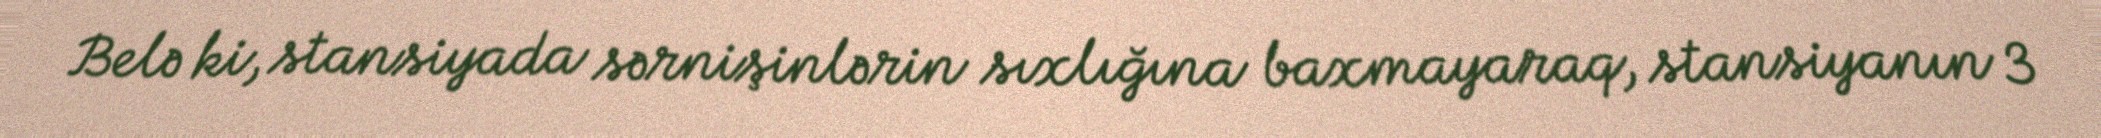
Belə ki, stansiyada sərnişinlərin sıxlığına baxmayaraq, stansiyanın 3